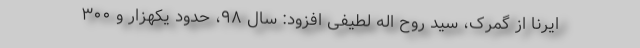
ایرنا از گمرک، سید روح اله لطیفی افزود: سال ۹۸، حدود یکهزار و ۳۰۰